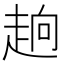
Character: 𮚹